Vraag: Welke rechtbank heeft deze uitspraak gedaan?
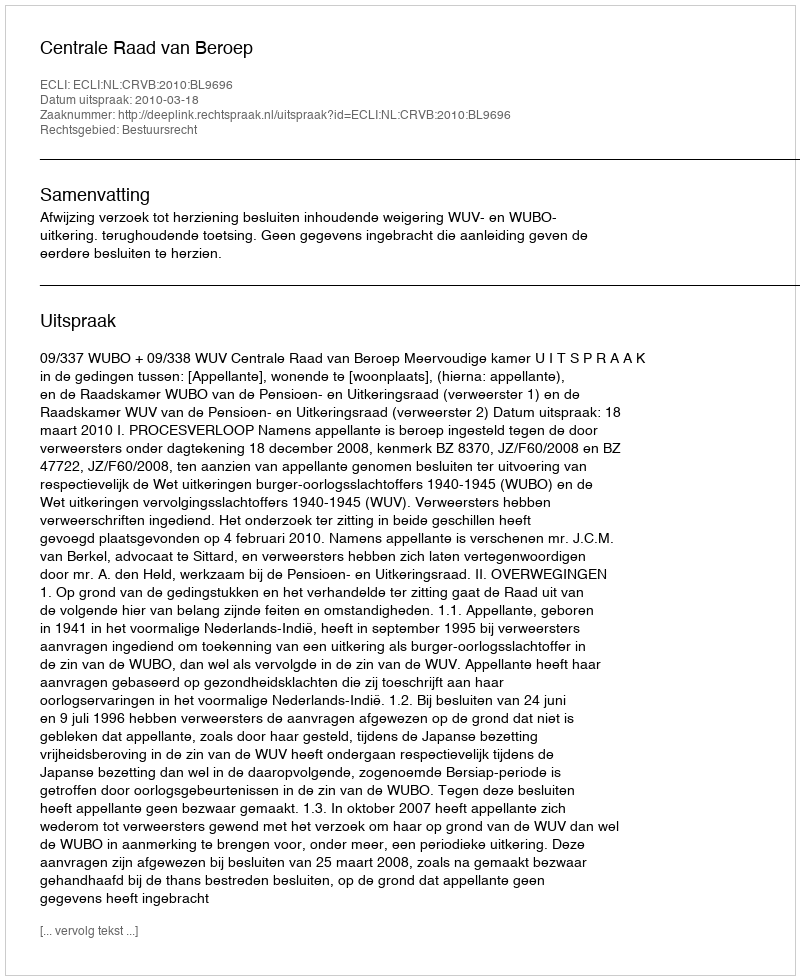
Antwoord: Centrale Raad van Beroep